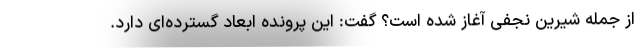
از جمله شیرین نجفی آغاز شده است؟ گفت: این پرونده ابعاد گسترده‌ای دارد.